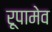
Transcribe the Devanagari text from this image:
रूपामेव